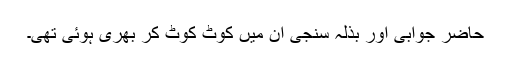
حاضر جوابی اور بذلہ سنجی ان میں کوٹ کوٹ کر بھری ہوئی تھی۔